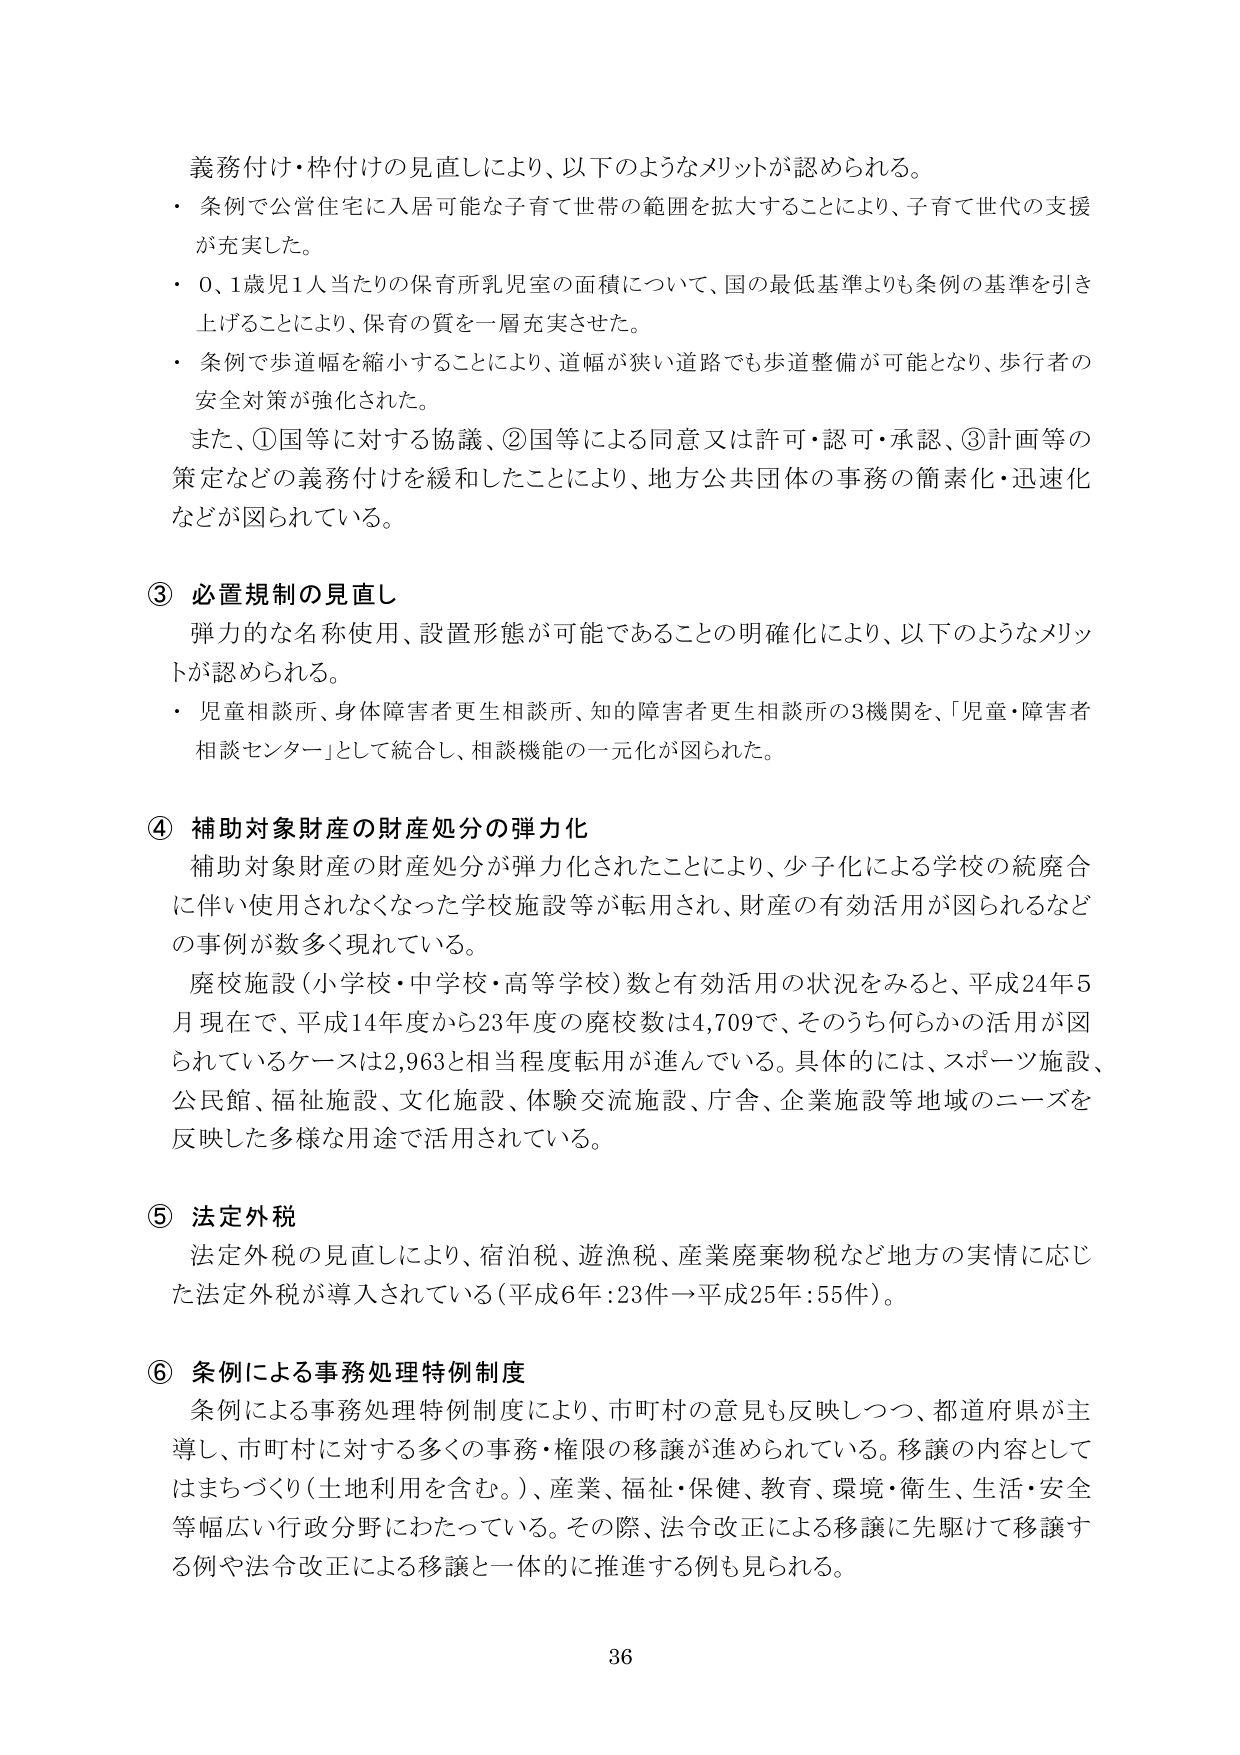
義務付け・枠付けの見直しにより、以下のようなメリットが認められる。
・ 条例で公営住宅に入居可能な子育て世帯の範囲を拡大することにより、子育て世代の支援が充実した。
・ 0、1歳児1人当たりの保育所乳児室の面積について、国の最低基準よりも条例の基準を引き上げることにより、保育の質を一層充実させた。
・ 条例で歩道幅を縮小することにより、道幅が狭い道路でも歩道整備が可能となり、歩行者の安全対策が強化された。
また、①国等に対する協議、②国等による同意又は許可・認可・承認、③計画等の策定などの義務付けを緩和したことにより、地方公共団体の事務の簡素化・迅速化などが図られている。

③ 必置規制の見直し
弾力的な名称使用、設置形態が可能であることの明確化により、以下のようなメリットが認められる。
・ 児童相談所、身体障害者更生相談所、知的障害者更生相談所の3機関を、「児童・障害者相談センター」として統合し、相談機能の一元化が図られた。

④ 補助対象財産の財産処分の弾力化
補助対象財産の財産処分が弾力化されたことにより、少子化による学校の統廃合に伴い使用されなくなった学校施設等が転用され、財産の有効活用が図られるなどの事例が数多く現れている。
廃校施設（小学校・中学校・高等学校）数と有効活用の状況をみると、平成24年5月現在で、平成14年度から23年度の廃校数は4,709で、そのうち何らかの活用が図られているケースは2,963と相当程度転用が進んでいる。具体的には、スポーツ施設、公民館、福祉施設、文化施設、体験交流施設、庁舎、企業施設等地域のニーズを反映した多様な用途で活用されている。

⑤ 法定外税
法定外税の見直しにより、宿泊税、遊漁税、産業廃棄物税など地方の実情に応じた法定外税が導入されている（平成6年：23件→平成25年：55件）。

⑥ 条例による事務処理特例制度
条例による事務処理特例制度により、市町村の意見も反映しつつ、都道府県が主導し、市町村に対する多くの事務・権限の移譲が進められている。移譲の内容としてはまちづくり（土地利用を含む。）、産業、福祉・保健、教育、環境・衛生、生活・安全等幅広い行政分野にわたっている。その際、法令改正による移譲に先駆けて移譲する例や法令改正による移譲と一体的に推進する例も見られる。

36